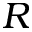
R